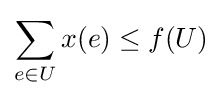
\sum _{e\in U}x(e)\leq f(U)